Calcutta medical institutions reports 1871-78
Year: 1871
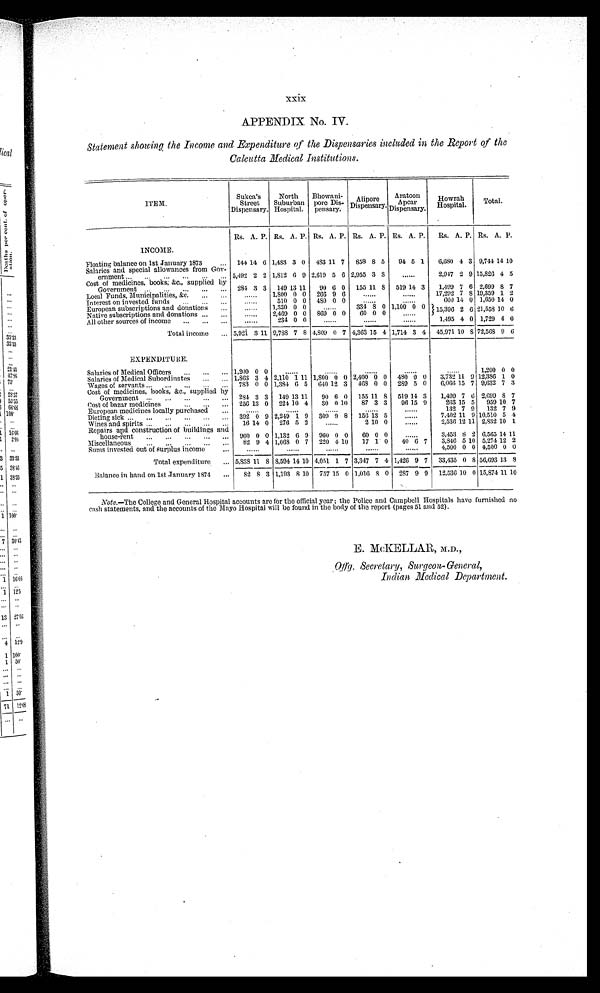
xxix
APPENDIX No. IV.
Statement showing the Income and Expenditure of the Dispensaries included in the Report of the
Calcutta Medical Institutions.
ITEM.
Sukea's
Street
Dispensary.
North
Suburban
Hospital.
Bhowani-
pore Dis-
pensary.
Alipore
Dispensary.
Aratoon
Apear Dispensary
Howrah
Hospital.
Total.
Rs. A. P. Rs. A.. P. Rs. A. P. Rs. A. P. Rs. A. P. Rs. A. P. Rs. A. P.
INCOME.
Floating balance on 1st January 1873
... 144 14 6 1,483 3 0 483 11 7 858 8 5 94 5 1
6,680 4 3 9,744 14 10
Salaries and special allowances from Gov-
ernment
5,492 2 2 1,812 6 9 2,619 5 6 2,955 3 8
......
2,947 2 9 15,826 4 5
Cost of medicines, books; &c., supplied by
Government
284 3 3 149 13
11 90 6 0 15 11 8 519 14 3
1,199 7 6 2,699 8 7
Local Funds, Municipalities, &c
......
1,800 0 0 266 9 6
...... ......
17,292 7 8 19,359 1 2
Interest on invested funds
......
510 0 0 480 0 0
...... ......
660 14 0 1,650 14 0
European subscriptions and donations
......
1,330 0 0
......
334 8 0 1,100 0 0 15,396 2 6 21,558 10 6
Native subscriptions and donations
......
2,469 0 0 869 0 0
60 0 0
......
A11 other sources of income
......
234 0 0
...... ...... ......
1,495 4 0 1,729 4 0
Total income
5,921 3 11 9,788 7 8 4,809 0 7 4,363 15 4 1,714 3 4 45,971 10 8 72,568 9 6
EXPENDITURE.
Salaries of Medical Officers
1,200 0 0
...... ...... ...... ...... ......
1,200 0 0
Salaries of Medical Subordinates
1,863 3 4 2,110 1 11 1,800 0 0 2,400 0 0 480 0 0 3,732 11 9 12,386 1 0
Wages of servants
783 0 0 1,384 6 5 640 12 3 468 0 0 289 5 0 6,066 15 7 9,032 7 3
Cost of medicines, books, &c., supplied by
Government
284 3 3 149 13 11
90 6 0 155 11 8 519 14 3
1,499 7 6 2,699 8 7
Cost of bazar medicines
256 13 0 224 10 4
30 0 10 87 3 3
96 15 9
263 15 5 959 10 7
European medicines locally purchased.
...
...... ...... ...... ...... ......
132 7 9 132 7 9
Dieting sick
392 0 9 2,249 1 9 309 9 8 156 13 5
......
7,402 11 9 10,510 5 4
Wines and spirits
16 14 0 276 5 2
......
2 10 0
......
2,536 12 11 2,832 10 1
Repairs and construction of buildings and
house rent
960 0 0 1,132 6 9 960 0 0
60 0 0
......
3,453 8 2 6,565 14 11
Miscellaneous
82 9 4 1,068 0 7 220 4 10 17 1 0
40 6 7
3,846 5 10 5,274 12 2
Sums invested out of surplus income
...
...... ...... ...... ...... ......
4,500 0 0 4,500 0 0
Total expenditure
5838 11 8 8,594 14 10 4,051 1 7 3,347 7 4 1,426 9 7 33,435 0 8 56,693 13 8
Balance in hand on 1st January 1874
82 8 3 1,193 8 10 757 15 0 1,016 8 0 287 9 9 12,536 10 0 15,874 11 10
Note.—The College and General Hospital accounts are for the official year ; the Police and Campbell Hospitals have furnished no
cash statements, and the accounts of the Mayo Hospital will be found in the body of the report (pages 51 and 52).
E. McKELLAR, M.D.,
Offg. Secretary, Surgeon-General,
Indian Medical Departnzent.